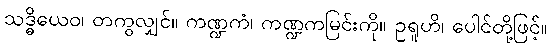
သဒ္ဓိယေဝ၊ တကွလျှင်။ ကဏ္ဍကံ၊ ကဏ္ဍကမြင်းကို။ ဥရူဟိ၊ ပေါင်တို့ဖြင့်။